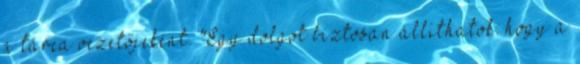
a tárca vezetőjeként. "Egy dolgot biztosan állíthatok: hogy a